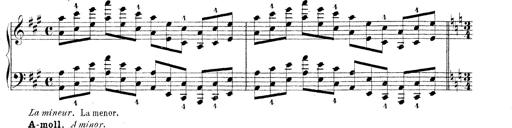
Title: Technische Studien
Composer: Franz Liszt